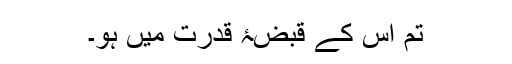
تم اس کے قبضۂ قدرت میں ہو۔